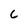
Character: 6